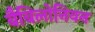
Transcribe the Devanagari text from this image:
बैबिलोनियन